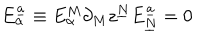
E _ { \alpha } ^ { \underline { { { a } } } } \equiv E _ { \alpha } ^ { M } \partial _ { M } z ^ { \underline { { { N } } } } E _ { \underline { { { N } } } } ^ { \underline { { { a } } } } = 0